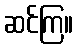
ဆင်ကြ။